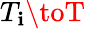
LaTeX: T_{\mathbf{i}}\toT